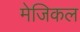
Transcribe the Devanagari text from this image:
मेजिकल